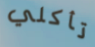
تأكلي